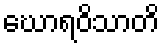
ဃောရဝိသာတိ